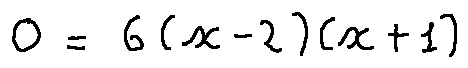
0 = 6 ( x - 2 ) ( x + 1 )